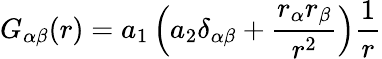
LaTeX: G_{\alpha\beta}(r)=a_{1}\left(a_{2}\delta_{\alpha\beta}+\frac{r_{\alpha}r_{\beta}}{r^{2}}\right)\frac{1}{r}